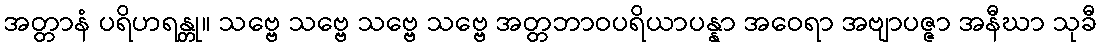
အတ္တာနံ ပရိဟရန္တု။ သဗ္ဗေ သဗ္ဗေ သဗ္ဗေ သဗ္ဗေ အတ္တဘာဝပရိယာပန္နာ အဝေရာ အဗျာပဇ္ဇာ အနီဃာ သုခီ